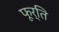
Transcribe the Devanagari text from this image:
फूर्ति